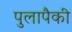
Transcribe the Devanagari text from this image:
पुलापैकी